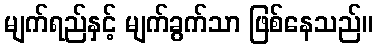
မျက်ရည်နှင့် မျက်ခွက်သာ ဖြစ်နေသည်။